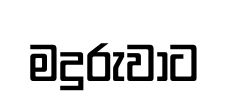
මදුරුවාට